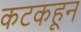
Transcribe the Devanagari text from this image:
कटकहून